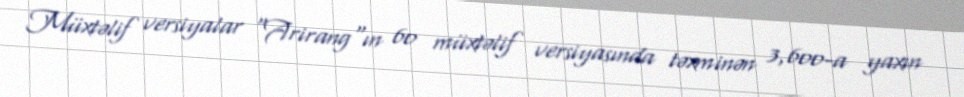
Müxtəlif versiyalar "Arirang"ın 60 müxtəlif versiyasında təxminən 3,600-a yaxın